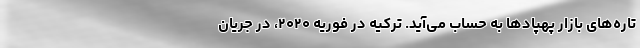
تاره‌های بازار پهپادها به حساب می‌آید. ترکیه در فوریه ۲۰۲۰، در جریان